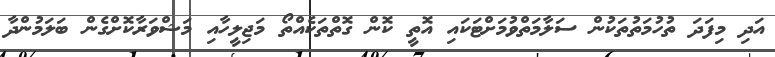
އަދި މިފަދަ ތުހުމަތުތަކުން ސަލާމަތްވުމަށްޓަކައި އޮތީ ކޮން ގޮތްތަކެއްތޯ މަޖިލީހާއި މަޝްވަރާކޮށްގެން ބަލަމުންދާ